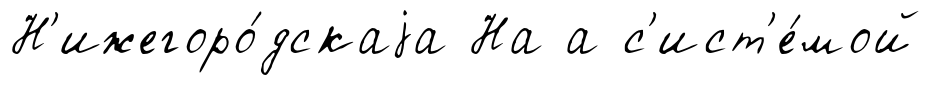
Н'ижегоро́дскаjа На а с'ист'е́мой